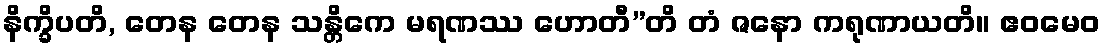
နိက္ခိပတိ, တေန တေန သန္တိကေ မရဏဿ ဟောတီ”တိ တံ ဇနော ကရုဏာယတိ။ ဧဝမေဝ